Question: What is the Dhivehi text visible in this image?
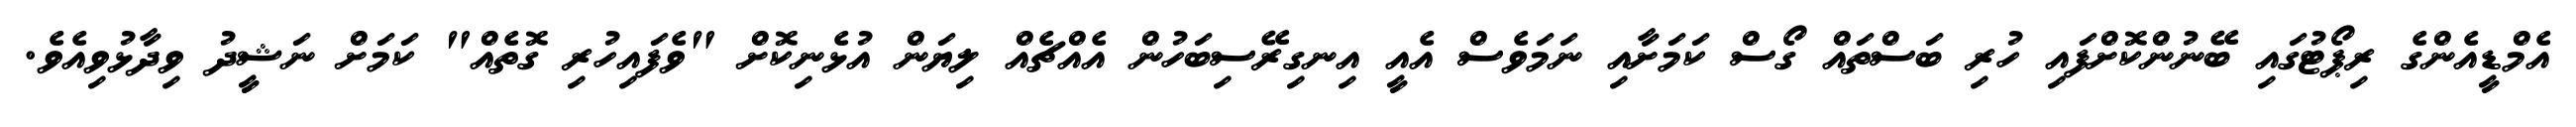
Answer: އެމްޑީއެންގެ ރިޕޯޓުގައި ބޭނުންކޮށްފައި ހުރި ބަސްތައް ގޯސް ކަމަށާއި ނަމަވެސް އެއީ އިނގިރޭސިބަހުން އެއްޗެއް ލިޔަން އުޅެނިކޮށް "ވެފައިހުރި ގޮތެއް" ކަމަށް ނަޝީދު ވިދާޅުވިއެވެ.